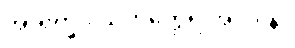
အာရက္ခဒါယကတ္ထေရ အပဒါန။